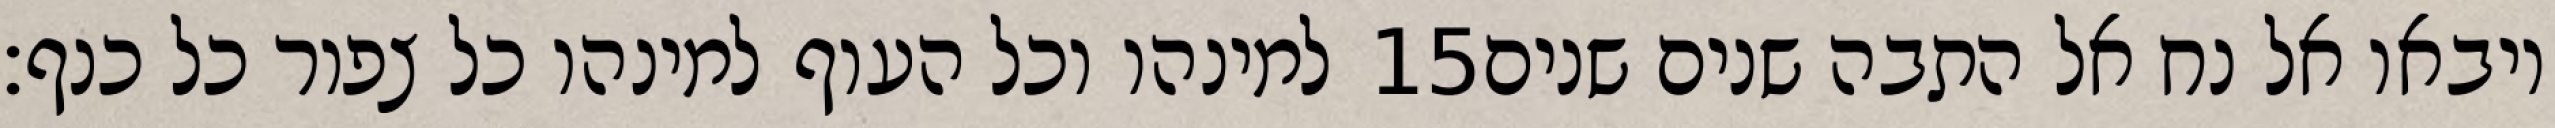
למינהו וכל העוף למינהו כל צפור כל כנף׃ ‎15‏ ויבאו אל נח אל התבה שנים שנים